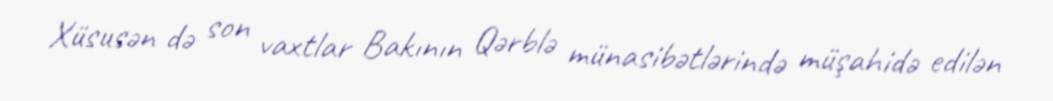
Xüsusən də son vaxtlar Bakının Qərblə münasibətlərində müşahidə edilən